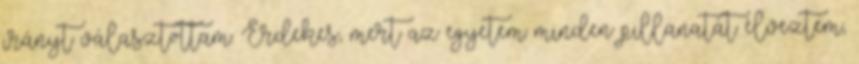
irányt választottam. Érdekes, mert az egyetem minden pillanatát élveztem,